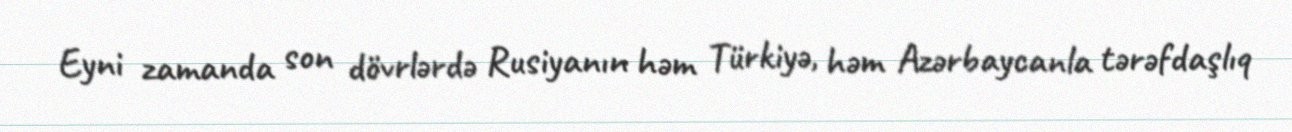
Eyni zamanda son dövrlərdə Rusiyanın həm Türkiyə, həm Azərbaycanla tərəfdaşlıq